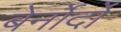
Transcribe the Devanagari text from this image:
बेर्नोर्दो